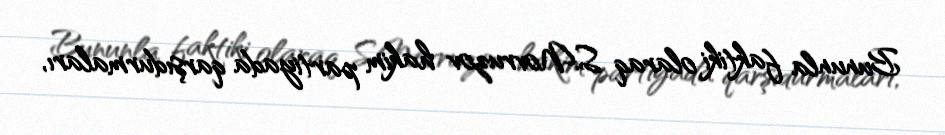
Bununla faktiki olaraq S.Novruzov hakim partiyada qarşıdurmaları,